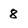
Character: 8